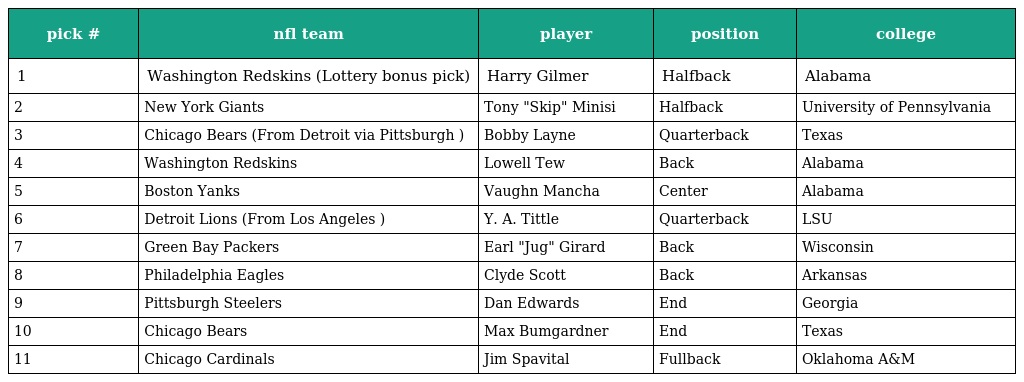
| pick # | nfl team | player | position | college |
 | --- | --- | --- | --- | --- |
 | 1 | Washington Redskins (Lottery bonus pick) | Harry Gilmer | Halfback | Alabama |
 | 2 | New York Giants | Tony "Skip" Minisi | Halfback | University of Pennsylvania |
 | 3 | Chicago Bears (From Detroit via Pittsburgh ) | Bobby Layne | Quarterback | Texas |
 | 4 | Washington Redskins | Lowell Tew | Back | Alabama |
 | 5 | Boston Yanks | Vaughn Mancha | Center | Alabama |
 | 6 | Detroit Lions (From Los Angeles ) | Y. A. Tittle | Quarterback | LSU |
 | 7 | Green Bay Packers | Earl "Jug" Girard | Back | Wisconsin |
 | 8 | Philadelphia Eagles | Clyde Scott | Back | Arkansas |
 | 9 | Pittsburgh Steelers | Dan Edwards | End | Georgia |
 | 10 | Chicago Bears | Max Bumgardner | End | Texas |
 | 11 | Chicago Cardinals | Jim Spavital | Fullback | Oklahoma A&M |